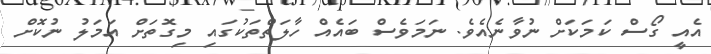
އެއީ ގޯސް ކަމަކަށް ނުވާނެއެވެ. ނަމަވެސް ބައެއް ހާލަތްތަކުގައި މިގޮތަށް އަމަލު ނުކޮށް